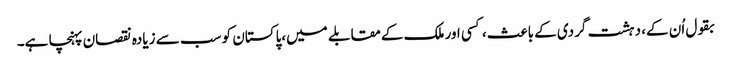
بقول اُن کے، دہشت گردی کے باعث، کسی اور ملک کےمقابلے میں،پاکستان کو سب سے زیادہ نقصان پہنچا ہے۔